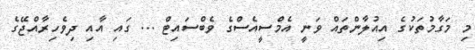
މި މަގާމުތަކުގެ އިއުލާންތައް ވަނީ އެމްސީއެސްގެ ވެބްސައިޓް ... ގައި އާއި ދިވެހިރާއްޖޭގެ